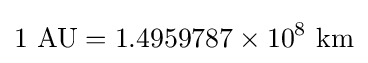
1{\text{ AU}}=1.4959787\times 10^{8}{\text{ km}}